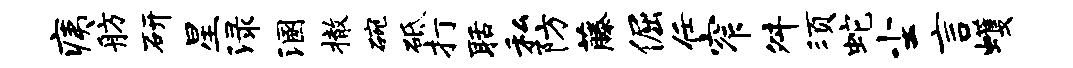
痍舫研星渌溷撤碗砥打聒私防藤倔任窄舛须蛇尘言蠖